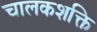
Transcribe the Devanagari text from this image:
चालकशक्ति